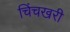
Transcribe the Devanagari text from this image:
चिंचखरी